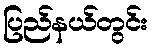
ပြည်နယ်တွင်း